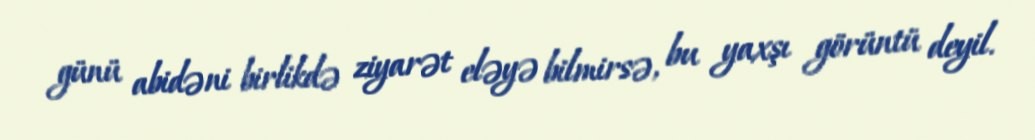
günü abidəni birlikdə ziyarət eləyə bilmirsə, bu yaxşı görüntü deyil.